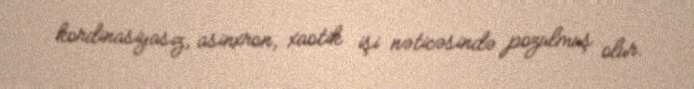
kordinasiyasız, asinxron, xaotik işi nəticəsində pozulmuş olur.